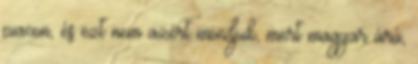
piacon, és ezt nem azért mondjuk, mert magyar árú,